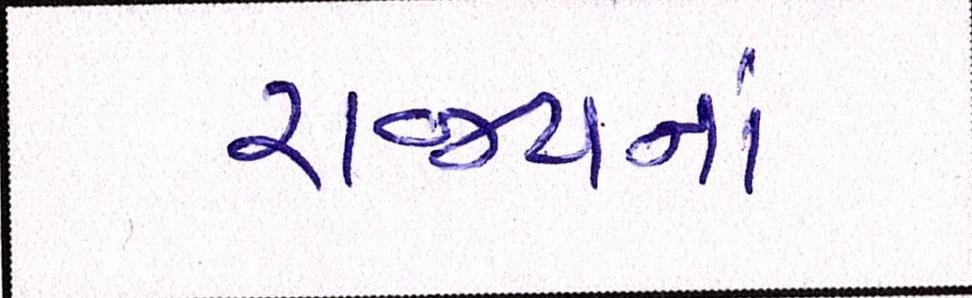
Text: રાજ્યના